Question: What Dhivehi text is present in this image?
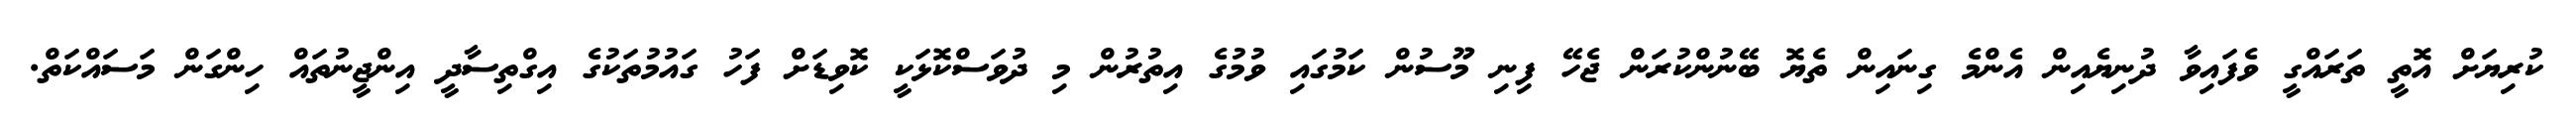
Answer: ކުރިޔަށް އޮތީ ތަރައްގީ ވެފައިވާ ދުނިޔެއިން އެންމެ ގިނައިން ތެޔޮ ބޭނުންކުރަން ޖެހޭ ފިނި މޫސުން ކަމުގައި ވުމުގެ އިތުރުން މި ދުވަސްކޮޅަކީ ކޮވިޑަށް ފަހު ގައުމުތަކުގެ އިގްތިސާދީ އިންޖީނުތައް ހިންގަން މަސައްކަތް.